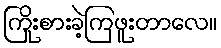
ကြိုးစားခဲ့ကြဖူးတာလေ။